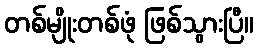
တစ်မျိုးတစ်ဖုံ ဖြစ်သွားပြီ။